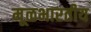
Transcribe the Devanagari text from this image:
मूळभारतीय